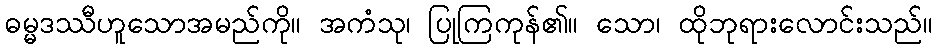
ဓမ္မဒဿီဟူသောအမည်ကို။ အကံသု၊ ပြုကြကုန်၏။ သော၊ ထိုဘုရားလောင်းသည်။